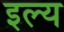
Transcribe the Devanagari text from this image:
इल्य